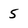
Character: 5